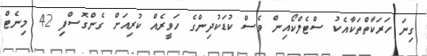
ގިނަ ހަރަކާތްތަކާއެކު ސްޓެލްކޯއިން ވެސް ކުޑަކުދިންގެ ހަވީރެއް ކުރިއަށް ގެންގޮސްފި 42 މިނެޓް